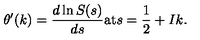
\theta ^ { \prime } ( k ) = \frac { d \ln S ( s ) } { d s } \mathrm { a t } s = \frac { 1 } { 2 } + I k .